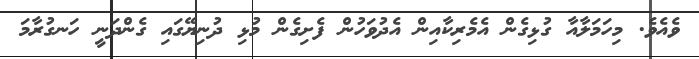
ވެއެވެ. މިހަމަލާއާ ގުޅިގެން އެމެރިކާއިން އެދުވަހުން ފެށިގެން މުޅި ދުނިޔޭގައި ގެންދަނީ ހަނގުރާމަ